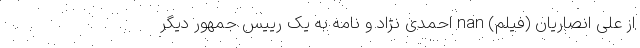
از علی انصاریان (فیلم) nan احمدی نژاد و نامه به یک رییس جمهور دیگر